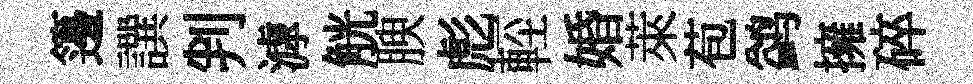
籩譔判滹觥腴彪䡖婚萊苞鹢擁碎